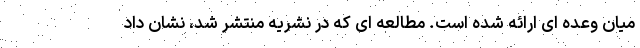
میان وعده ای ارائه شده است. مطالعه ای که در نشریه منتشر شد، نشان داد